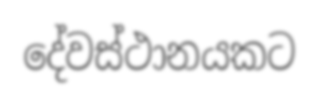
දේවස්ථානයකට